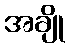
အချို